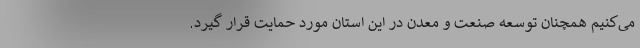
می‌کنیم همچنان توسعه صنعت و معدن در این استان مورد حمایت قرار گیرد.